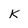
Character: k